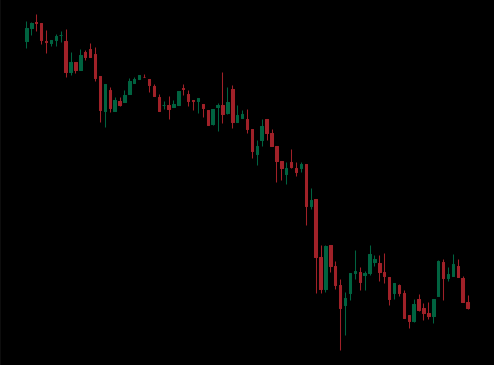
Pattern: bull_flag